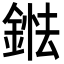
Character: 𨨤